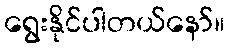
ရွေးနိုင်ပါတယ်နော်။